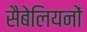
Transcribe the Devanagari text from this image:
सैबेलियनों